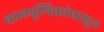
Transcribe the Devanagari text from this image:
बालभूमिकांपासून